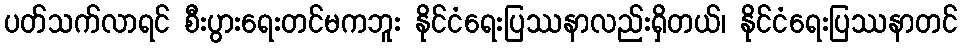
ပတ်သက်လာရင် စီးပွားရေးတင်မကဘူး နိုင်ငံရေးပြဿနာလည်းရှိတယ်၊ နိုင်ငံရေးပြဿနာတင်